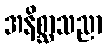
အနိစ္ဆာသညာ